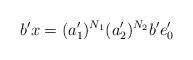
LaTeX: \begin{align*}b'x = (a_1')^{N_1}(a_2')^{N_2}b'e_0'\end{align*}